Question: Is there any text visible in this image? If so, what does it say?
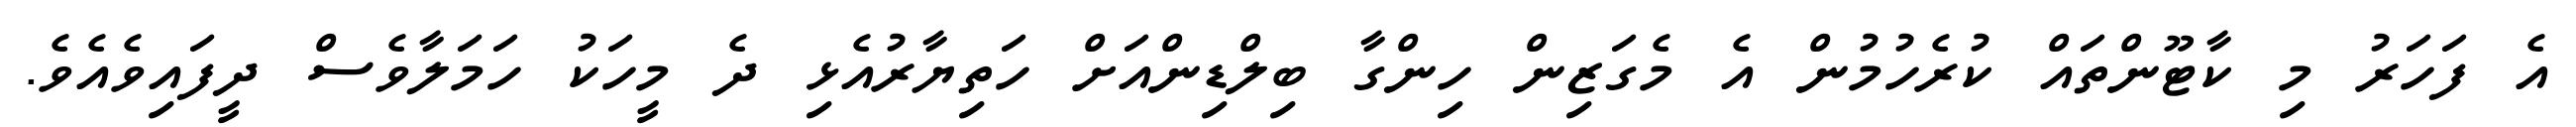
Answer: އެ ފަހަރު މި ކާޓޫންތައް ކުރެހުމުން އެ މެގަޒިން ހިންގާ ބިލްޑިންއަށް ހަތިޔާރުއެޅި ދެ މީހަކު ހަމަލާވެސް ދީފައިވެއެވެ.